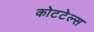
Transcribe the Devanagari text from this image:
कोटटेल्स